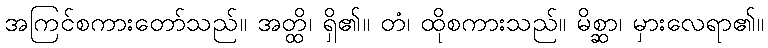
အကြင်စကားတော်သည်။ အတ္ထိ၊ ရှိ၏။ တံ၊ ထိုစကားသည်။ မိစ္ဆာ၊ မှားလေရာ၏။